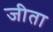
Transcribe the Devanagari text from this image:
जीता